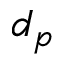
d _ { p }